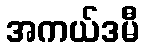
အကယ်ဒမီ